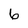
Character: 6